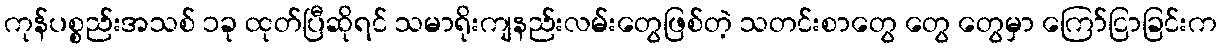
ကုန်ပစ္စည်းအသစ် ၁ခု ထုတ်ပြီဆိုရင် သမာရိုးကျနည်းလမ်းတွေဖြစ်တဲ့ သတင်းစာတွေ တွေ တွေမှာ ကြော်ငြာခြင်းက